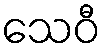
သေဝီ